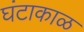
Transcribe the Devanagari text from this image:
घंटाकाळ